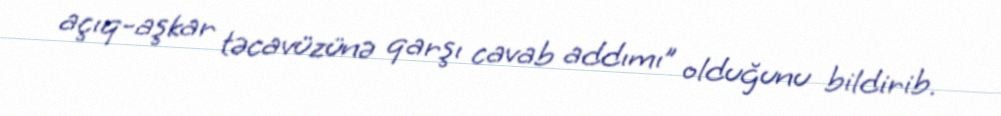
açıq-aşkar təcavüzünə qarşı cavab addımı” olduğunu bildirib.